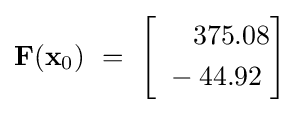
\mathbf {F} (\mathbf {x} _{0})~=~{\begin{bmatrix}{\begin{aligned}~&\quad 375.08\\~&-44.92\end{aligned}}\end{bmatrix}}